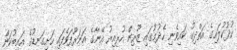
ހުދުކުލައިގެ އަތްދިގު ކައިވެނި ހެދުމުގައި ޒޫރިން ހުރިއިރު އޭނާގެ އަނަރޫފަވެފައި ހަށިގަނޑުގެ އައިބުކަން